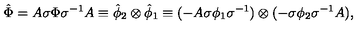
{ \hat { \Phi } } = A \sigma { \Phi } { \sigma } ^ { - 1 } A \equiv { \hat { \phi } } _ { 2 } \otimes { \hat { \phi } } _ { 1 } \equiv ( - A \sigma { \phi } _ { 1 } { \sigma } ^ { - 1 } ) \otimes ( - \sigma { \phi } _ { 2 } { \sigma } ^ { - 1 } A ) ,